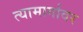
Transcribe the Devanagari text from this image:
त्यामार्गावर